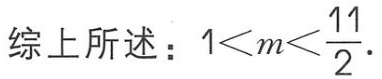
综上所述：\(1<m<\frac{11}{2}\)